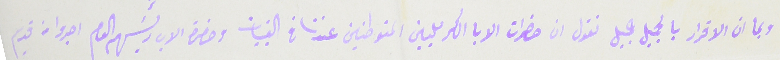
وبمان الاقرار بالجميل جميل نقول ان حضرات الابا الكرمليين المتوطنين عندنا في القبيات وحضرة الاب رئيسَهم العام اجروا من قديم